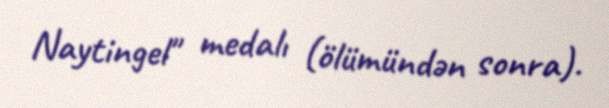
Naytingel" medalı (ölümündən sonra).